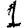
Digit: 1